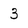
Character: 3